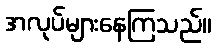
အလုပ်များနေကြသည်။